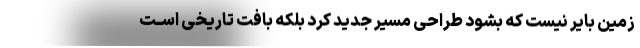
زمین بایر نیست که بشود طراحی مسیر جدید کرد بلکه بافت تاریخی اســت